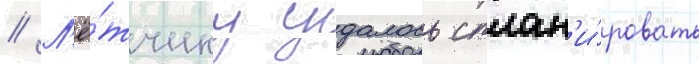
// Л'ё́тчику удалось сплан'и́ровать